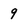
Character: 9